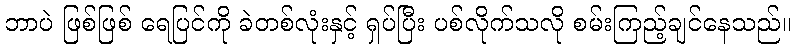
ဘာပဲ ဖြစ်ဖြစ် ရေပြင်ကို ခဲတစ်လုံးနှင့် ရှပ်ပြီး ပစ်လိုက်သလို စမ်းကြည့်ချင်နေသည်။